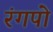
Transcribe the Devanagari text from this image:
रंगपो